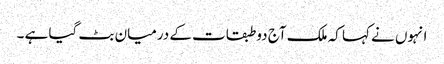
انہوں نے کہا کہ ملک آج دو طبقات کے درمیان بٹ گیا ہے ۔